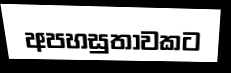
අපහසුතාවකට